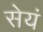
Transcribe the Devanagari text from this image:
सेयं